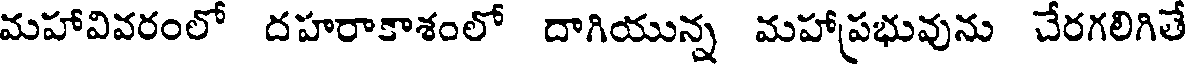
మహావివరంలో దహరాకాశంలో దాగియున్న మహాప్రభువును చేరగలిగితే